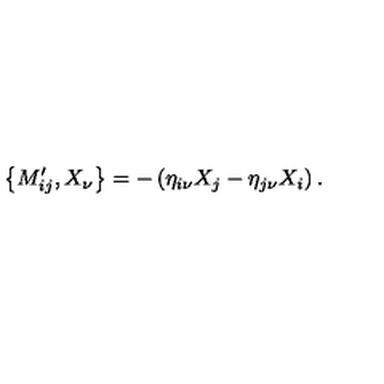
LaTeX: \left\{ M _ { i j } ^ { \prime } , X _ { \nu } \right\} = - \left( \eta _ { i \nu } X _ { j } - \eta _ { j \nu } X _ { i } \right) .